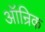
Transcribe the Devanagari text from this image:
ऑन्रिक